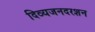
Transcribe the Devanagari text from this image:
दिव्यजनदरशन